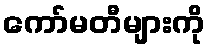
ကော်မတီများကို